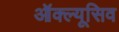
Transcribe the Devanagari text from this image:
ऑक्ल्यूसिव